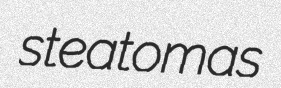
steatomas